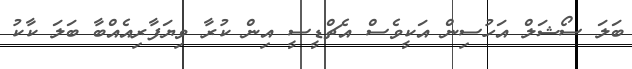
ބަލަ ސޯޝަލް އަހުސިން އަކީވެސް އެޗްޑީސީ އިން ކުރާ ވިޔަފާރިއެއްބާ ބަލަ ކާކު